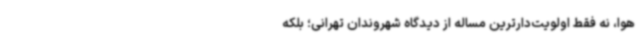
هوا، نه فقط اولویت‌دارترین مساله از دیدگاه شهروندان تهرانی؛ بلکه